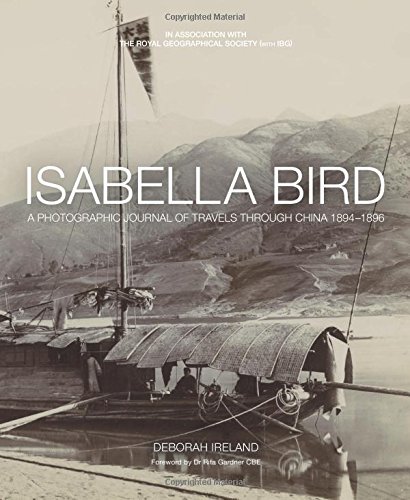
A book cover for Isabella Bird: A Photographic Journal of Travels Through China 1894EE1896; Debbie Ireland; Travel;